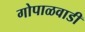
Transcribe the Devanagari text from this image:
गोपाळवाडी